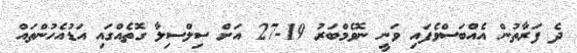
ދެ ފަރާތުން އެއްބަސްވެފައި ވަނީ ނޮވެމްބަރު 19-27 އަށް ސިލްސިލާ ގޮތެއްގައި އަޑުއެހުންތައް